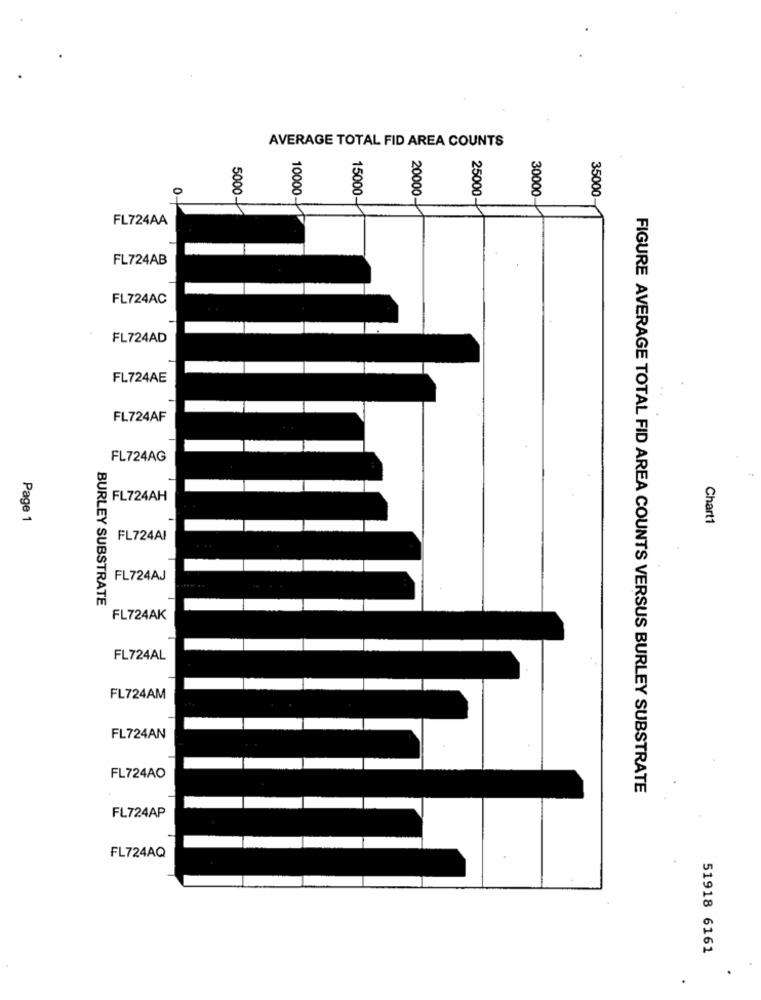
AVERAGE TOTAL FID AREA COUNTS
8
8
o
5000
10000
30000
35000
15000-
20000-
25000-
FL724AA
FL724AB
FL724AC
FL724AD
FL724AE
FL724AF
FL724AG
FL724AH
Page 1
Chart1
FL724AI
FL724AJ
BURLEY SUBSTRATE
FL724AK
FL724AL
FL724AM
FL724AN
FL724AO
FIGURE AVERAGE TOTAL FID AREA COUNTS VERSUS BURLEY SUBSTRATE
FL724AP
FL724AQ
51918 6161